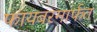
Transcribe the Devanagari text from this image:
फायबरमार्फत